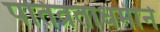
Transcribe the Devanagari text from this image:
पतिव्रताधर्माने